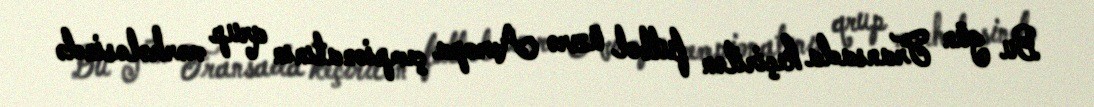
Bu gün Fransada keçirilən futbol üzrə Avropa çempionatının qrup mərhələsində